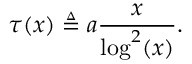
\tau ( x ) \triangleq a \frac { x } { \log ^ { 2 } ( x ) } .